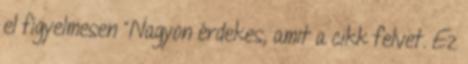
el figyelmesen “Nagyon érdekes, amit a cikk felvet. Ez